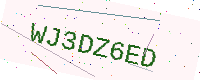
Text: WJ3DZ6ED